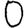
Digit: 0